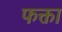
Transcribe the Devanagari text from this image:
फक्ता